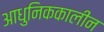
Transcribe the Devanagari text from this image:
आधुनिककालीन